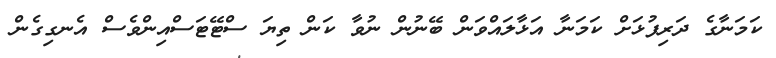
ކަމަނާގެ ދަރިފުޅަށް ކަމަނާ އަޅާލައްވަން ބޭނުން ނުވާ ކަން ތިޔަ ސްޓޭޓަސްއިންވެސް އެނގިގެން